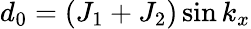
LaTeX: d_{0}=(J_{1}+J_{2})\sin k_{x}